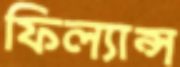
ফিল্যান্স